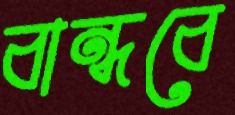
বান্ধবে